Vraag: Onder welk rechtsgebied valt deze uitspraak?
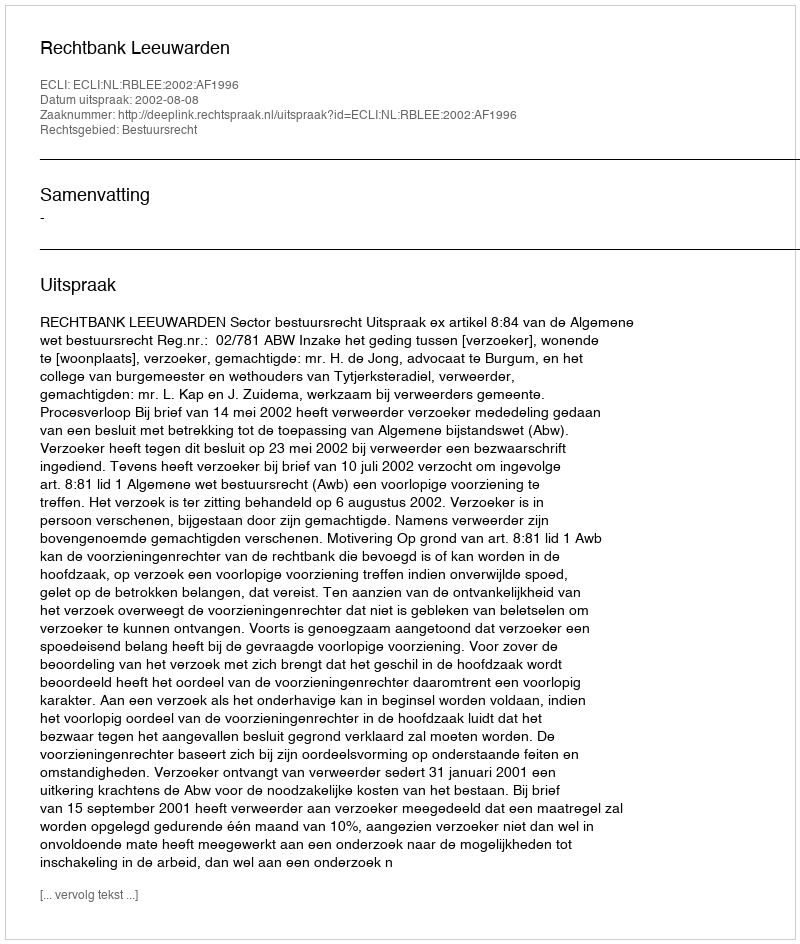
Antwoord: Bestuursrecht